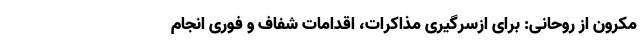
مکرون از روحانی: برای ازسرگیری مذاکرات، اقدامات شفاف و فوری انجام